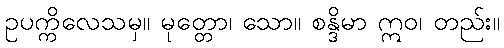
ဥပက္ကိလေသမှ။ မုတ္တော၊ သော။ စန္ဒိမာ ဣဝ၊ တည်း။